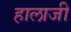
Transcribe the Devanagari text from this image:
हालाजी